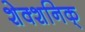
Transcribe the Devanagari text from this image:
शेक्शनिक्